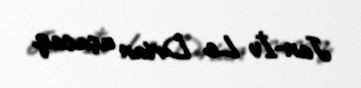
Jan-İv Le Drian açacaq.